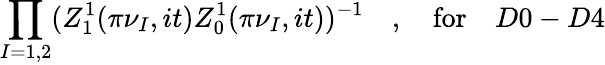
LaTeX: \prod_{I=1,2}(Z_{1}^{1}(\pi\nu_{I},it)Z_{0}^{1}(\pi\nu_{I},it))^{-1}\quad,\quad\mathrm{for}\quad D0-D4